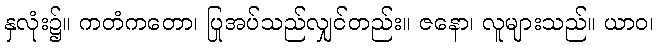
နှလုံး၌။ ကတံကတော၊ ပြုအပ်သည်လျှင်တည်း။ ဇနော၊ လူများသည်။ ယာဝ၊